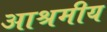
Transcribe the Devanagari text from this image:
आश्रमीय